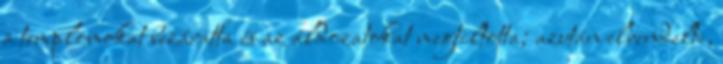
a templomokat bezáratta és az áldozatokat megtiltotta; azután elrendelte,